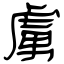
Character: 虜